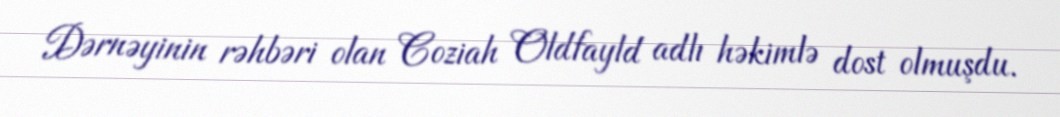
Dərnəyinin rəhbəri olan Coziah Oldfayld adlı həkimlə dost olmuşdu.